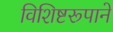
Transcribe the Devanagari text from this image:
विशिष्टरूपाने